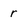
Character: r